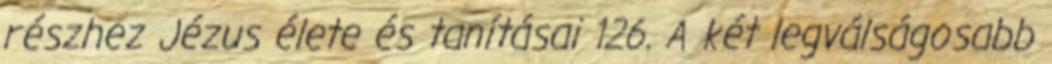
részhez Jézus élete és tanításai 126. A két legválságosabb